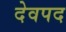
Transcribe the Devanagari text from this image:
देवपद